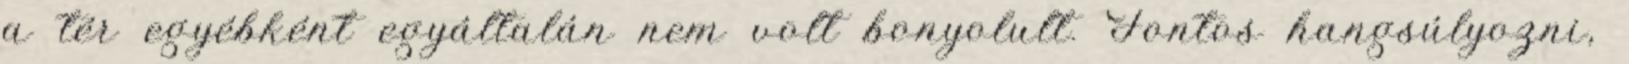
a tér egyébként egyáltalán nem volt bonyolult. Fontos hangsúlyozni,